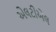
એલટીએલ